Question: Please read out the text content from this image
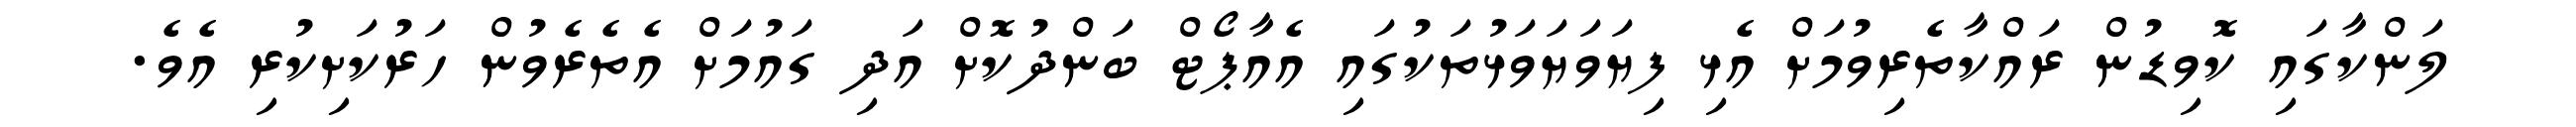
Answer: ލަންކާގައި ކޮވިޑުން ރައްކާތެރިވުމަށް އެޅި ފިޔަވަޔަވަޅުތަކުގައި އެއާޕޯޓް ބަންދުކޮށް އަދި ގައުމަށް އެތެރެވުން ހަރުކަށިކުރި އެވެ.